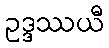
ဥဒ္ဒဿယီ